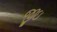
જીઇ